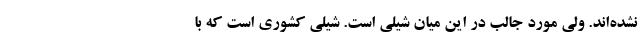
نشده‌اند. ولی مورد جالب در این میان شیلی است. شیلی کشوری است که با